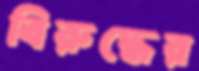
বিরুদ্ধের